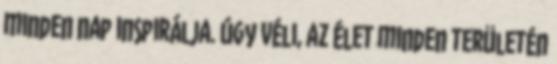
minden nap inspirálja. Úgy véli, az élet minden területén